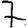
Digit: 7